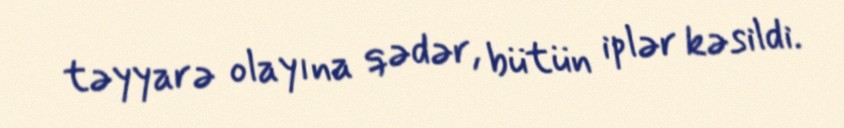
təyyarə olayına qədər, bütün iplər kəsildi.